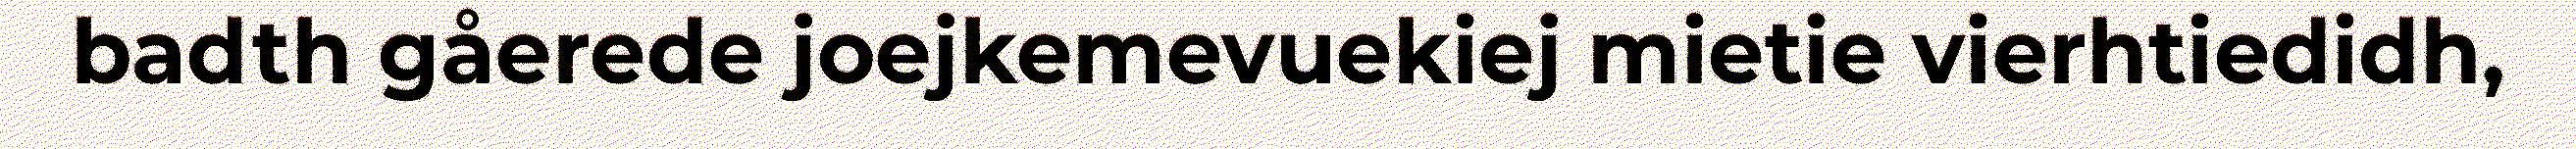
badth gåerede joejkemevuekiej mietie vierhtiedidh,